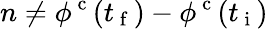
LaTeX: n\ne\phi^{\mathrm{~c~}}(t_{\mathrm{~f~}})-\phi^{\mathrm{~c~}}(t_{\mathrm{~i~}})